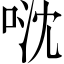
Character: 𠴥